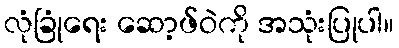
လုံခြုံရေး ဆော့ဖ်ဝဲကို အသုံးပြုပါ။